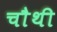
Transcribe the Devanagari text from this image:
चाैथी